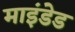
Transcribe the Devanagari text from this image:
माइंडेड